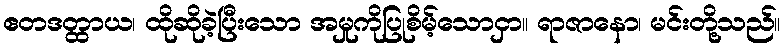
ဧတဒတ္ထာယ၊ ထိုဆိုခဲ့ပြီးသော အမှုကိုပြုစိမ့်သောငှာ။ ရာဇာနော၊ မင်းတို့သည်။